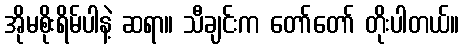
အိုမစိုးရိမ်ပါနဲ့ ဆရာ။ သီချင်းက တော်တော် တိုးပါတယ်။